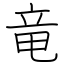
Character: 竜